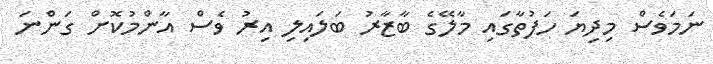
ނަމަވެސް މިދިޔަ ހަފުތާގައި މާލޭގެ ބާޒާރު ބަލައިލި އިރު ވެސް އާންމުކޮށް ގަންނަ